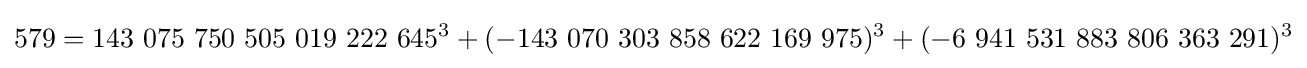
579=143\ 075\ 750\ 505\ 019\ 222\ 645^{3}+(-143\ 070\ 303\ 858\ 622\ 169\ 975)^{3}+(-6\ 941\ 531\ 883\ 806\ 363\ 291)^{3}